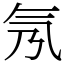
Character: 氖